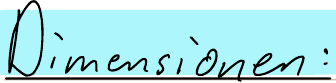
Dimensionen: